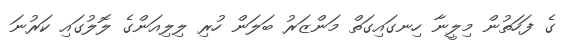
ގެ ފަހަތުން މިލީނާ ހިނގައިގަތް މަންޒަރު ބަލަން ހުރި ލިލިއަންގެ ލޮލުގައި ކަރުނަ